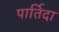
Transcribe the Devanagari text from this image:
पार्तिदा